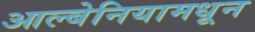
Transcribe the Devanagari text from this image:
आल्बेनियामधून